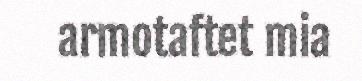
armotaftet mia